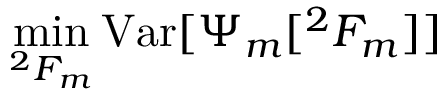
\operatorname* { m i n } _ { ^ { 2 } F _ { m } } { \mathrm { V a r } [ \Psi _ { m } [ ^ { 2 } F _ { m } ] ] }